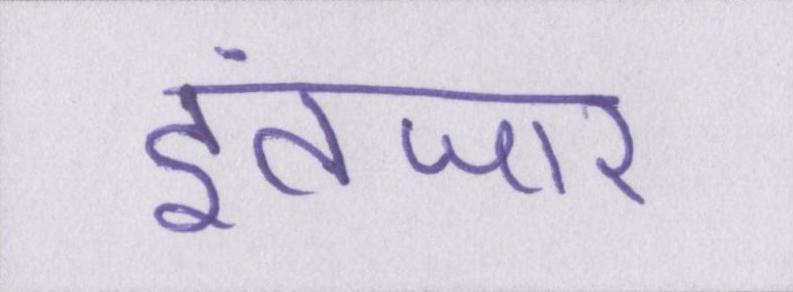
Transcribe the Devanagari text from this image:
इंतजार